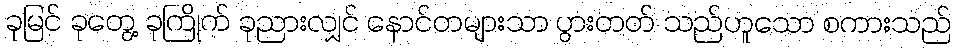
ခုမြင် ခုတွေ့ ခုကြိုက် ခုညားလျှင် နောင်တများသာ ပွားတတ် သည်ဟူသော စကားသည်